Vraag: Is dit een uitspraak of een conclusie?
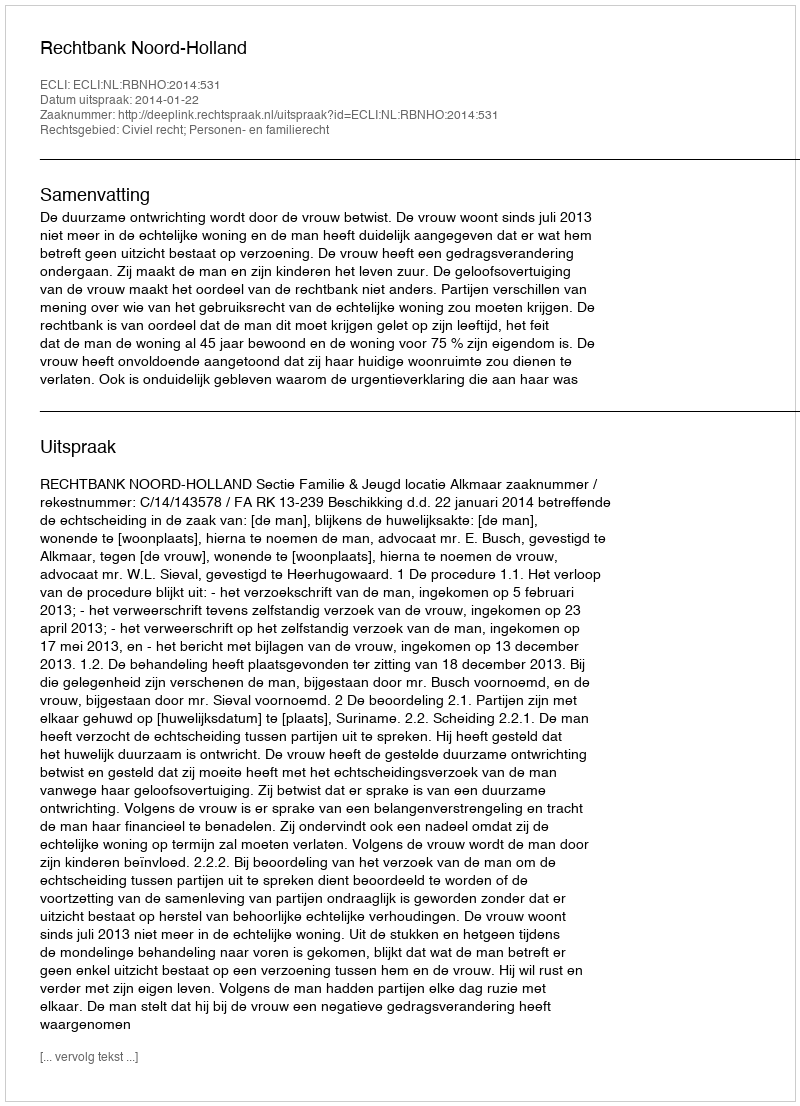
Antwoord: Uitspraak